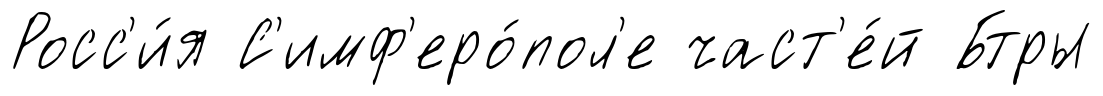
Росс'и́я С'имф'еро́пол'е част'е́й Бтры